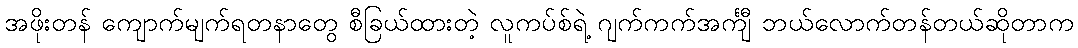
အဖိုးတန် ကျောက်မျက်ရတနာတွေ စီခြယ်ထားတဲ့ လူကပ်စ်ရဲ့ ဂျက်ကက်အင်္ကျီ ဘယ်လောက်တန်တယ်ဆိုတာက